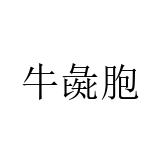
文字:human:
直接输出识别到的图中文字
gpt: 牛彘胞